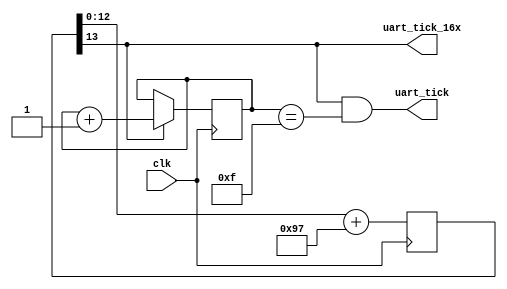
module uart_clock#(
    parameter BUS_FREQ = 100                    // Bus frequency (MHz)
    )(
    input   clk,
    output  uart_tick,
    output  uart_tick_16x
    );

    //--------------------------------------------------------------------------
    // Localparams
    //--------------------------------------------------------------------------
    localparam integer INCREMENT    = 151;                                        // Increment
    localparam real    COUNT_RANGE  = (((BUS_FREQ*1000000)/115200)*INCREMENT)/16; // Max counter range for Rx.
    localparam integer RANGE        = (COUNT_RANGE <= 1 << 1)  ? 1  :
                                      (COUNT_RANGE <= 1 << 2)  ? 2  :
                                      (COUNT_RANGE <= 1 << 3)  ? 3  :
                                      (COUNT_RANGE <= 1 << 4)  ? 4  :
                                      (COUNT_RANGE <= 1 << 5)  ? 5  :
                                      (COUNT_RANGE <= 1 << 6)  ? 6  :
                                      (COUNT_RANGE <= 1 << 7)  ? 7  :
                                      (COUNT_RANGE <= 1 << 8)  ? 8  :
                                      (COUNT_RANGE <= 1 << 9)  ? 9  :
                                      (COUNT_RANGE <= 1 << 10) ? 10 :
                                      (COUNT_RANGE <= 1 << 11) ? 11 :
                                      (COUNT_RANGE <= 1 << 12) ? 12 :
                                      (COUNT_RANGE <= 1 << 13) ? 13 :
                                      (COUNT_RANGE <= 1 << 14) ? 14 :
                                      (COUNT_RANGE <= 1 << 15) ? 15 :
                                      (COUNT_RANGE <= 1 << 16) ? 16 :
                                      (COUNT_RANGE <= 1 << 17) ? 17 :
                                      (COUNT_RANGE <= 1 << 18) ? 18 :
                                      (COUNT_RANGE <= 1 << 19) ? 19 : 20;

    //--------------------------------------------------------------------------
    // Generate the Rx tick
    //--------------------------------------------------------------------------
    reg [RANGE : 0] accumulator = 0;

    always @(posedge clk) begin
        accumulator <= accumulator[RANGE - 1 : 0] + INCREMENT; // Use Range - 1 bits ONLY, so we can use the MSB as the tick

    end
    assign uart_tick_16x = accumulator[RANGE];

    //--------------------------------------------------------------------------
    // Generate the Tx tick
    // Tx = Rx/16
    //--------------------------------------------------------------------------
    reg [3:0] uart_16x_count = 4'h0;
    always @(posedge clk) begin
        uart_16x_count <= (uart_tick_16x) ? uart_16x_count + 4'b1 : uart_16x_count;
    end
    assign uart_tick = (uart_tick_16x==1'b1 && (uart_16x_count == 4'b1111));
endmodule